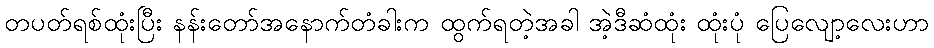
တပတ်ရစ်ထုံးပြီး နန်းတော်အနောက်တံခါးက ထွက်ရတဲ့အခါ အဲ့ဒီဆံထုံး ထုံးပုံ ပြေလျော့လေးဟာ